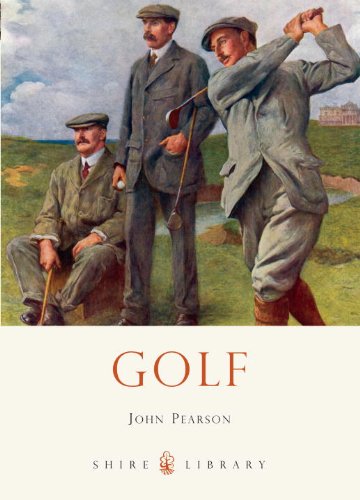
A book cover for Golf (Shire Library); John Pearson; Crafts, Hobbies & Home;